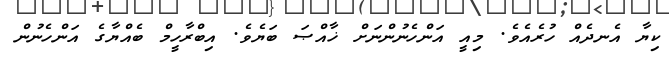
ކިޔާ އެނދެއް ހުރެއެވެ. މިއީ އަންހެނުންނަށް ޚާއްޞަ ބަޔެވެ. އިބްރާހީމް ބެއްޔާގެ އަންހެނުން